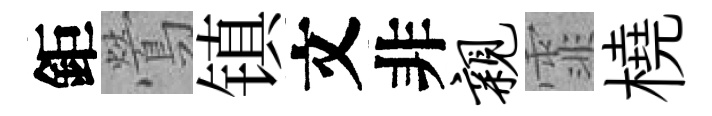
鉅鶯镇文非亲霏橈